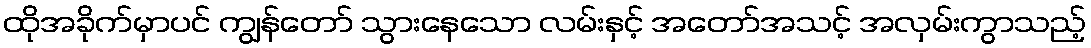
ထိုအခိုက်မှာပင် ကျွန်တော် သွားနေသော လမ်းနှင့် အတော်အသင့် အလှမ်းကွာသည့်